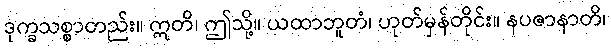
ဒုက္ခသစ္စာတည်း။ ဣတိ၊ ဤသို့။ ယထာဘူတံ၊ ဟုတ်မှန်တိုင်း။ နပဇာနာတိ၊